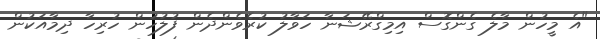
"އެ މީހުން މާލެ ގެންގޮސް އިމިގްރޭޝަނާ ހަވާލު ކުރެވެންދެން ފުލުހުން ހުރިހާ ދިމާއަކުން